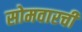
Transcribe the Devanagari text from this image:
सोमवारची